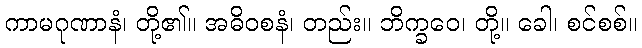
ကာမဂုဏာနံ၊ တို့၏။ အဓိဝစနံ၊ တည်း။ ဘိက္ခဝေ၊ တို့။ ခေါ၊ စင်စစ်။